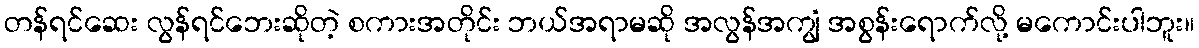
တန်ရင်ဆေး လွန်ရင်ဘေးဆိုတဲ့ စကားအတိုင်း ဘယ်အရာမဆို အလွန်အကျွံ အစွန်းရောက်လို့ မကောင်းပါဘူး။